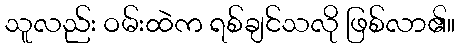
သူလည်း ဝမ်းထဲက ရစ်ချင်သလို ဖြစ်လာ၏။